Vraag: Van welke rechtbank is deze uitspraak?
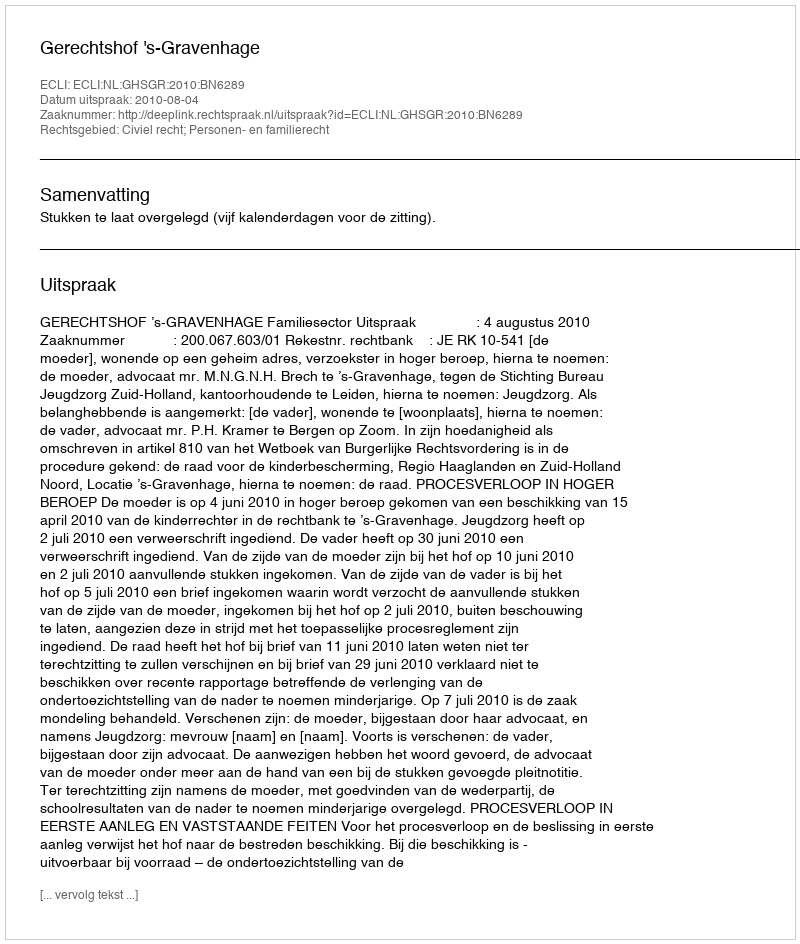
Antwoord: Gerechtshof 's-Gravenhage